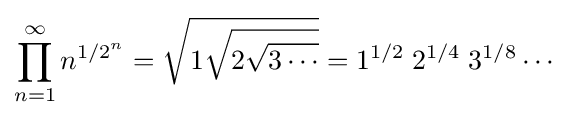
\prod _{n=1}^{\infty }n^{{1/2}^{n}}={\sqrt {1{\sqrt {2{\sqrt {3\cdots }}}}}}=1^{1/2}\;2^{1/4}\;3^{1/8}\cdots